Sketch of the medical history of the native army of Bombay, for the year
Year: 1876
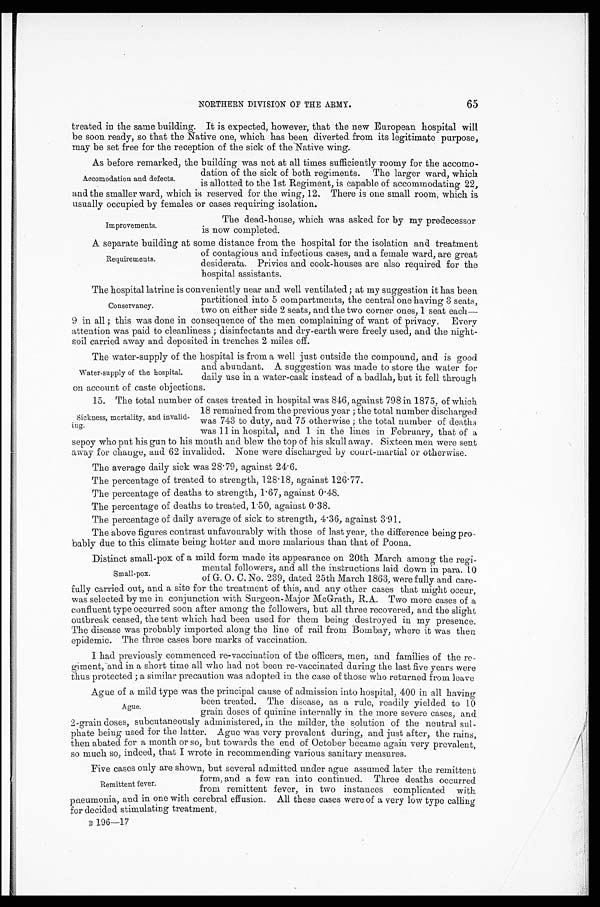
65
NORTHERN DIVISION OF THE ARMY.
treated in the same building. It is expected, however, that the new European hospital will
be soon ready, so that the Native one, which has been diverted from its legitimate purpose,
may be set free for the reception of the sick of the Native wing.
As before remarked, the building was not at all times sufficiently roomy for the accomo
-
dation of the sick of both regiments. The larger ward, which
is allotted to the 1st Regiment, is capable of accommodating 22,
and the smaller ward, which is reserved for the wing, 12. There is one small room, which is
usually occupied by females or cases requiring isolation.
Accomodation and defects.
Improvements.
The dead-house, which was asked for by my predecessor
is now completed.
A separate building at some distance from the hospital for the isolation and treatment
of contagious and infectious cases, and a female ward, are great
desiderata. Privies and cook-houses are also required for the
hospital assistants.
The hospital latrine is conveniently near and well ventilated; at my suggestion it has been
partitioned into 5 compartments, the central one having 3 seats
,
two on either side 2 seats, and the two corner ones, 1 seat each
—
9 in all; this was done in consequence of the men complaining of want of privacy. Eve
r y
attention was paid to cleanliness; disinfectants and dry-earth were freely used, and the night
-
soil carried away and deposited in trenches 2 miles off.
The water-supply of the hospital is from a well just outside the compound, and is good
and abundant. A suggestion was made to store the water for
daily use in a water-cask instead of a badlah, but it fell through
o n a c c o u n t o f c a s t e o b j e c t i o n s .
15. The total number of cases treated in hospital was 846, against 798 in 1875, of which
18 remained from the previous year; the total number discharged
was 743 to duty, and 75 otherwise; the total number of deaths
was 11 in hospital, and 1 in the lines in February, that of a
sepoy who put his gun to his mouth and blew the top of his skull away. Sixteen men were sent
away for change, and 62 invalided. None were discharged by court-martial or otherwise.
The average daily sick was 28.79, against 24.6.
The percentage of treated to strength, 128.18, against 126.77.
The percentage of deaths to strength, 1.67, against 0.48.
The percentage of deaths to treated, 1.50, against 0.38.
The percentage of daily average of sick to strength, 4.36, against 3.91.
The above figures contrast unfavourably with those of last year, the difference being pro
-
bably due to this climate being hotter and more malarious than that of Poona.
Distinct small-pox of a mild form made its appearance on 20th March among the regi
-
mental followers, and all the instructions laid down in para. 10
of G. O. C. No. 239, dated 25th March 1863, were fully and care
-
fully carried out, and a site for the treatment of this, and any other cases that might occur,
was selected by me in conjunction with Surgeon-Major McGrath, R.A. Two more cases of a
confluent type occurred soon after among the followers, but all three recovered, and the slight
outbreak ceased, the tent which had been used for them being destroyed in my presence.
The disease was probably imported along the line of rail from Bombay, where it was then
epidemic. The three cases bore marks of vaccination.
I had previously commenced re-vaccination of the officers, men, and families of the re
-
giment, and in a short time all who had not been re-vaccinated during the last five years were
thus protected; a similar precaution was adopted in the case of those who returned from leave
Ague of a mild type was the principal cause of admission into hospital, 400 in all having
been treated. The disease, as a rule, readily yielded to 10
grain doses of quinine internally in the more severe cases, and
2-grain doses, subcutaneously administered, in the milder, the solution of the neutral sul
-
phate being used for the latter. Ague was very prevalent during, and just after, the rains,
then abated for a month or so, but towards the end of October became again very prevalent,
so much so, indeed, that I wrote in recommending various sanitary measures.
Five cases only are shown, but several admitted under ague assumed later the remittent
form, and a few ran into continued. Three deaths occurred
from remittent fever, in two instances complicated with
pneumonia, and in one with cerebral effusion. All these cases were of a very low type calling
for decided stimulating treatment.
B 1 9 6 — 1 7
Requirements.
Conservancy.
Water-supply of the hospital.
Sickness, mortality, and invalid-
ing.
Small-pox.
Ague.
Remittent fever.